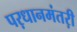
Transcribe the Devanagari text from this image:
पऱधानमंतऱी